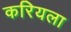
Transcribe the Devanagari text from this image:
करियला